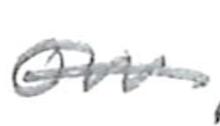
Text: on
Cross-out: single-line
Writing tool: pencil